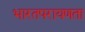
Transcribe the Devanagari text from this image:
भारतपरायणता